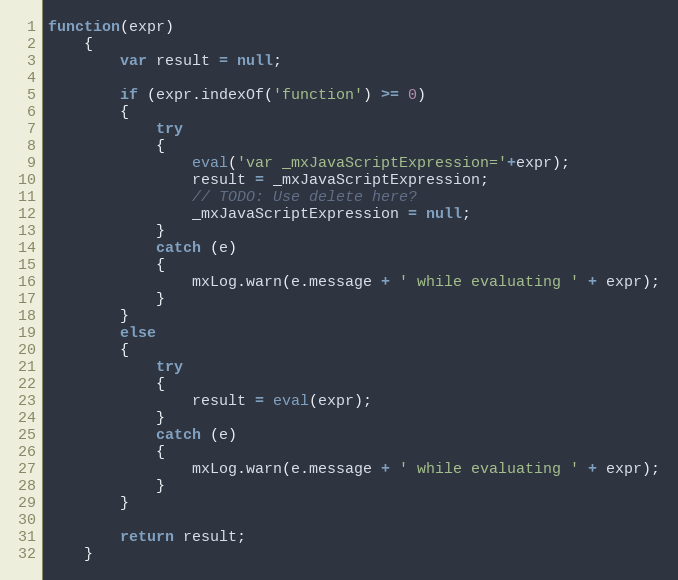
Language: JavaScript
function(expr)
	{
		var result = null;

		if (expr.indexOf('function') >= 0)
		{
			try
			{
				eval('var _mxJavaScriptExpression='+expr);
				result = _mxJavaScriptExpression;
				// TODO: Use delete here?
				_mxJavaScriptExpression = null;
			}
			catch (e)
			{
				mxLog.warn(e.message + ' while evaluating ' + expr);
			}
		}
		else
		{
			try
			{
				result = eval(expr);
			}
			catch (e)
			{
				mxLog.warn(e.message + ' while evaluating ' + expr);
			}
		}

		return result;
	}